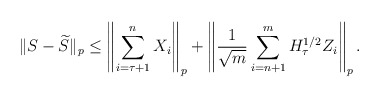
\begin{align*} \|S - \widetilde S \|_p &\leq \left\| \sum_{i=\tau+1}^n X_i \right\|_p + \left\| \frac{1}{\sqrt{m}} \sum_{i=n+1}^m H_\tau^{1/2} Z_i \right\|_p.\end{align*}